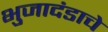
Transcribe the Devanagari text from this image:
भुजादंडाचे